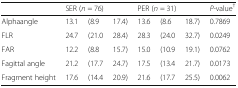
<table><thead><tr><td></td><td colspan="3"><b>SER (<i>n</i> = 76)</b></td><td colspan="3"><b>PER (<i>n</i> = 31)</b></td><td><b><i>P</i>-value<sup>†</sup></b></td></tr></thead><tbody><tr><td>Alphaangle</td><td>13.1</td><td>(8.9</td><td>17.4)</td><td>13.6</td><td>(8.6</td><td>18.7)</td><td>0.7869</td></tr><tr><td>FLR</td><td>24.7</td><td>(21.0</td><td>28.4)</td><td>28.3</td><td>(24.0</td><td>32.7)</td><td>0.0249</td></tr><tr><td>FAR</td><td>12.2</td><td>(8.8</td><td>15.7)</td><td>15.0</td><td>(10.9</td><td>19.1)</td><td>0.0762</td></tr><tr><td>Fagittal angle</td><td>21.2</td><td>(17.7</td><td>24.7)</td><td>17.5</td><td>(13.4</td><td>21.7)</td><td>0.0173</td></tr><tr><td>Fragment height</td><td>17.6</td><td>(14.4</td><td>20.9)</td><td>21.6</td><td>(17.7</td><td>25.5)</td><td>0.0062</td></tr></tbody></table>